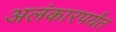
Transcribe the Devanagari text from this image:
अलंकारपर्यंत